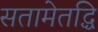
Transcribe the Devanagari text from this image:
सतामेतद्धि